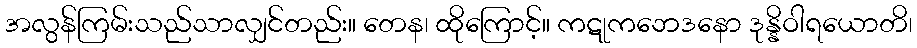
အလွန်ကြမ်းသည်သာလျှင်တည်း။ တေန၊ ထိုကြောင့်။ ကဋုကဘေဒနော ဒုန္နိဝါရယောတိ၊